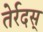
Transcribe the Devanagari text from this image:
तेर्रदस्